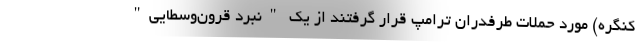
کنگره) مورد حملات طرفدران ترامپ قرار گرفتند از یک "نبرد قرون‌وسطایی"